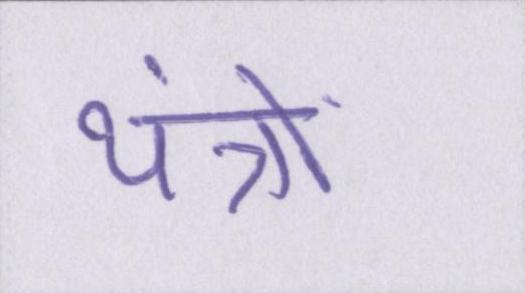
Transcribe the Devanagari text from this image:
यंत्रों